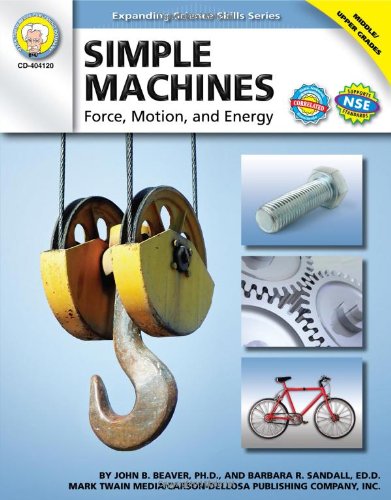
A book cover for Simple Machines, Grades 6 - 12: Force, Motion, and Energy (Expanding Science Skills Series); John B. Beaver Ph.D.; Children's Books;